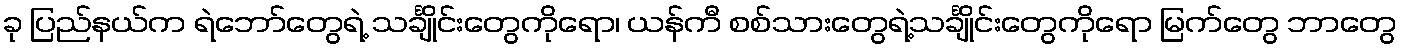
ခု ပြည်နယ်က ရဲဘော်တွေရဲ့ သင်္ချိုင်းတွေကိုရော၊ ယန်ကီ စစ်သားတွေရဲ့သင်္ချိုင်းတွေကိုရော မြက်တွေ ဘာတွေ